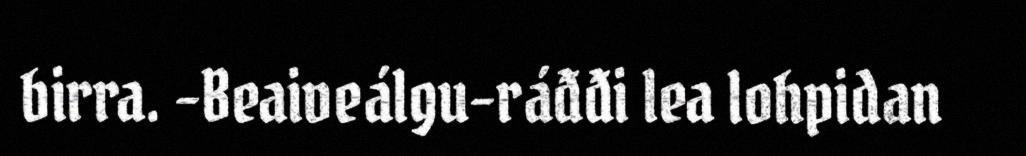
birra. -Beaiveálgu-ráđđi lea lohpidan